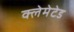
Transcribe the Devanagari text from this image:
क्लेमेटेड